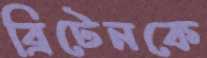
ব্রিটেনকে